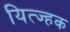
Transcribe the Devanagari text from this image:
यित्ज्हक